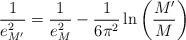
LaTeX: \begin{align*}\frac{1}{e_{M'}^{2}}=\frac{1}{e_{M}^{2}}-\frac{1}{6\pi^{2}}\ln\left(\frac{M'}{M}\right)\end{align*}